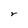
Character: r